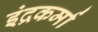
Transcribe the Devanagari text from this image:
इंद्रकर्मा